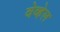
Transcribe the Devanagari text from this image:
वेव्हेल